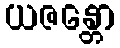
ယဇန္တော